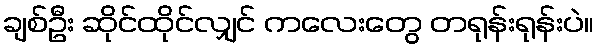
ချစ်ဦး ဆိုင်ထိုင်လျှင် ကလေးတွေ တရုန်းရုန်းပဲ။